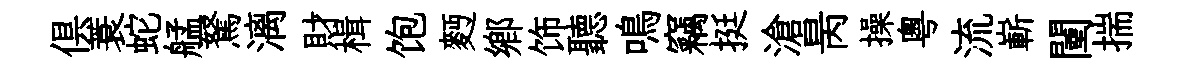
俱蓑蛇艋駑漓財楫饱麪鄉饰聽鳴竊挺滄昺操粤流嶄闉揣